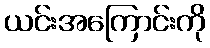
ယင်းအကြောင်းကို